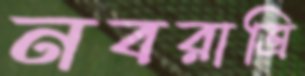
নবরাত্রি